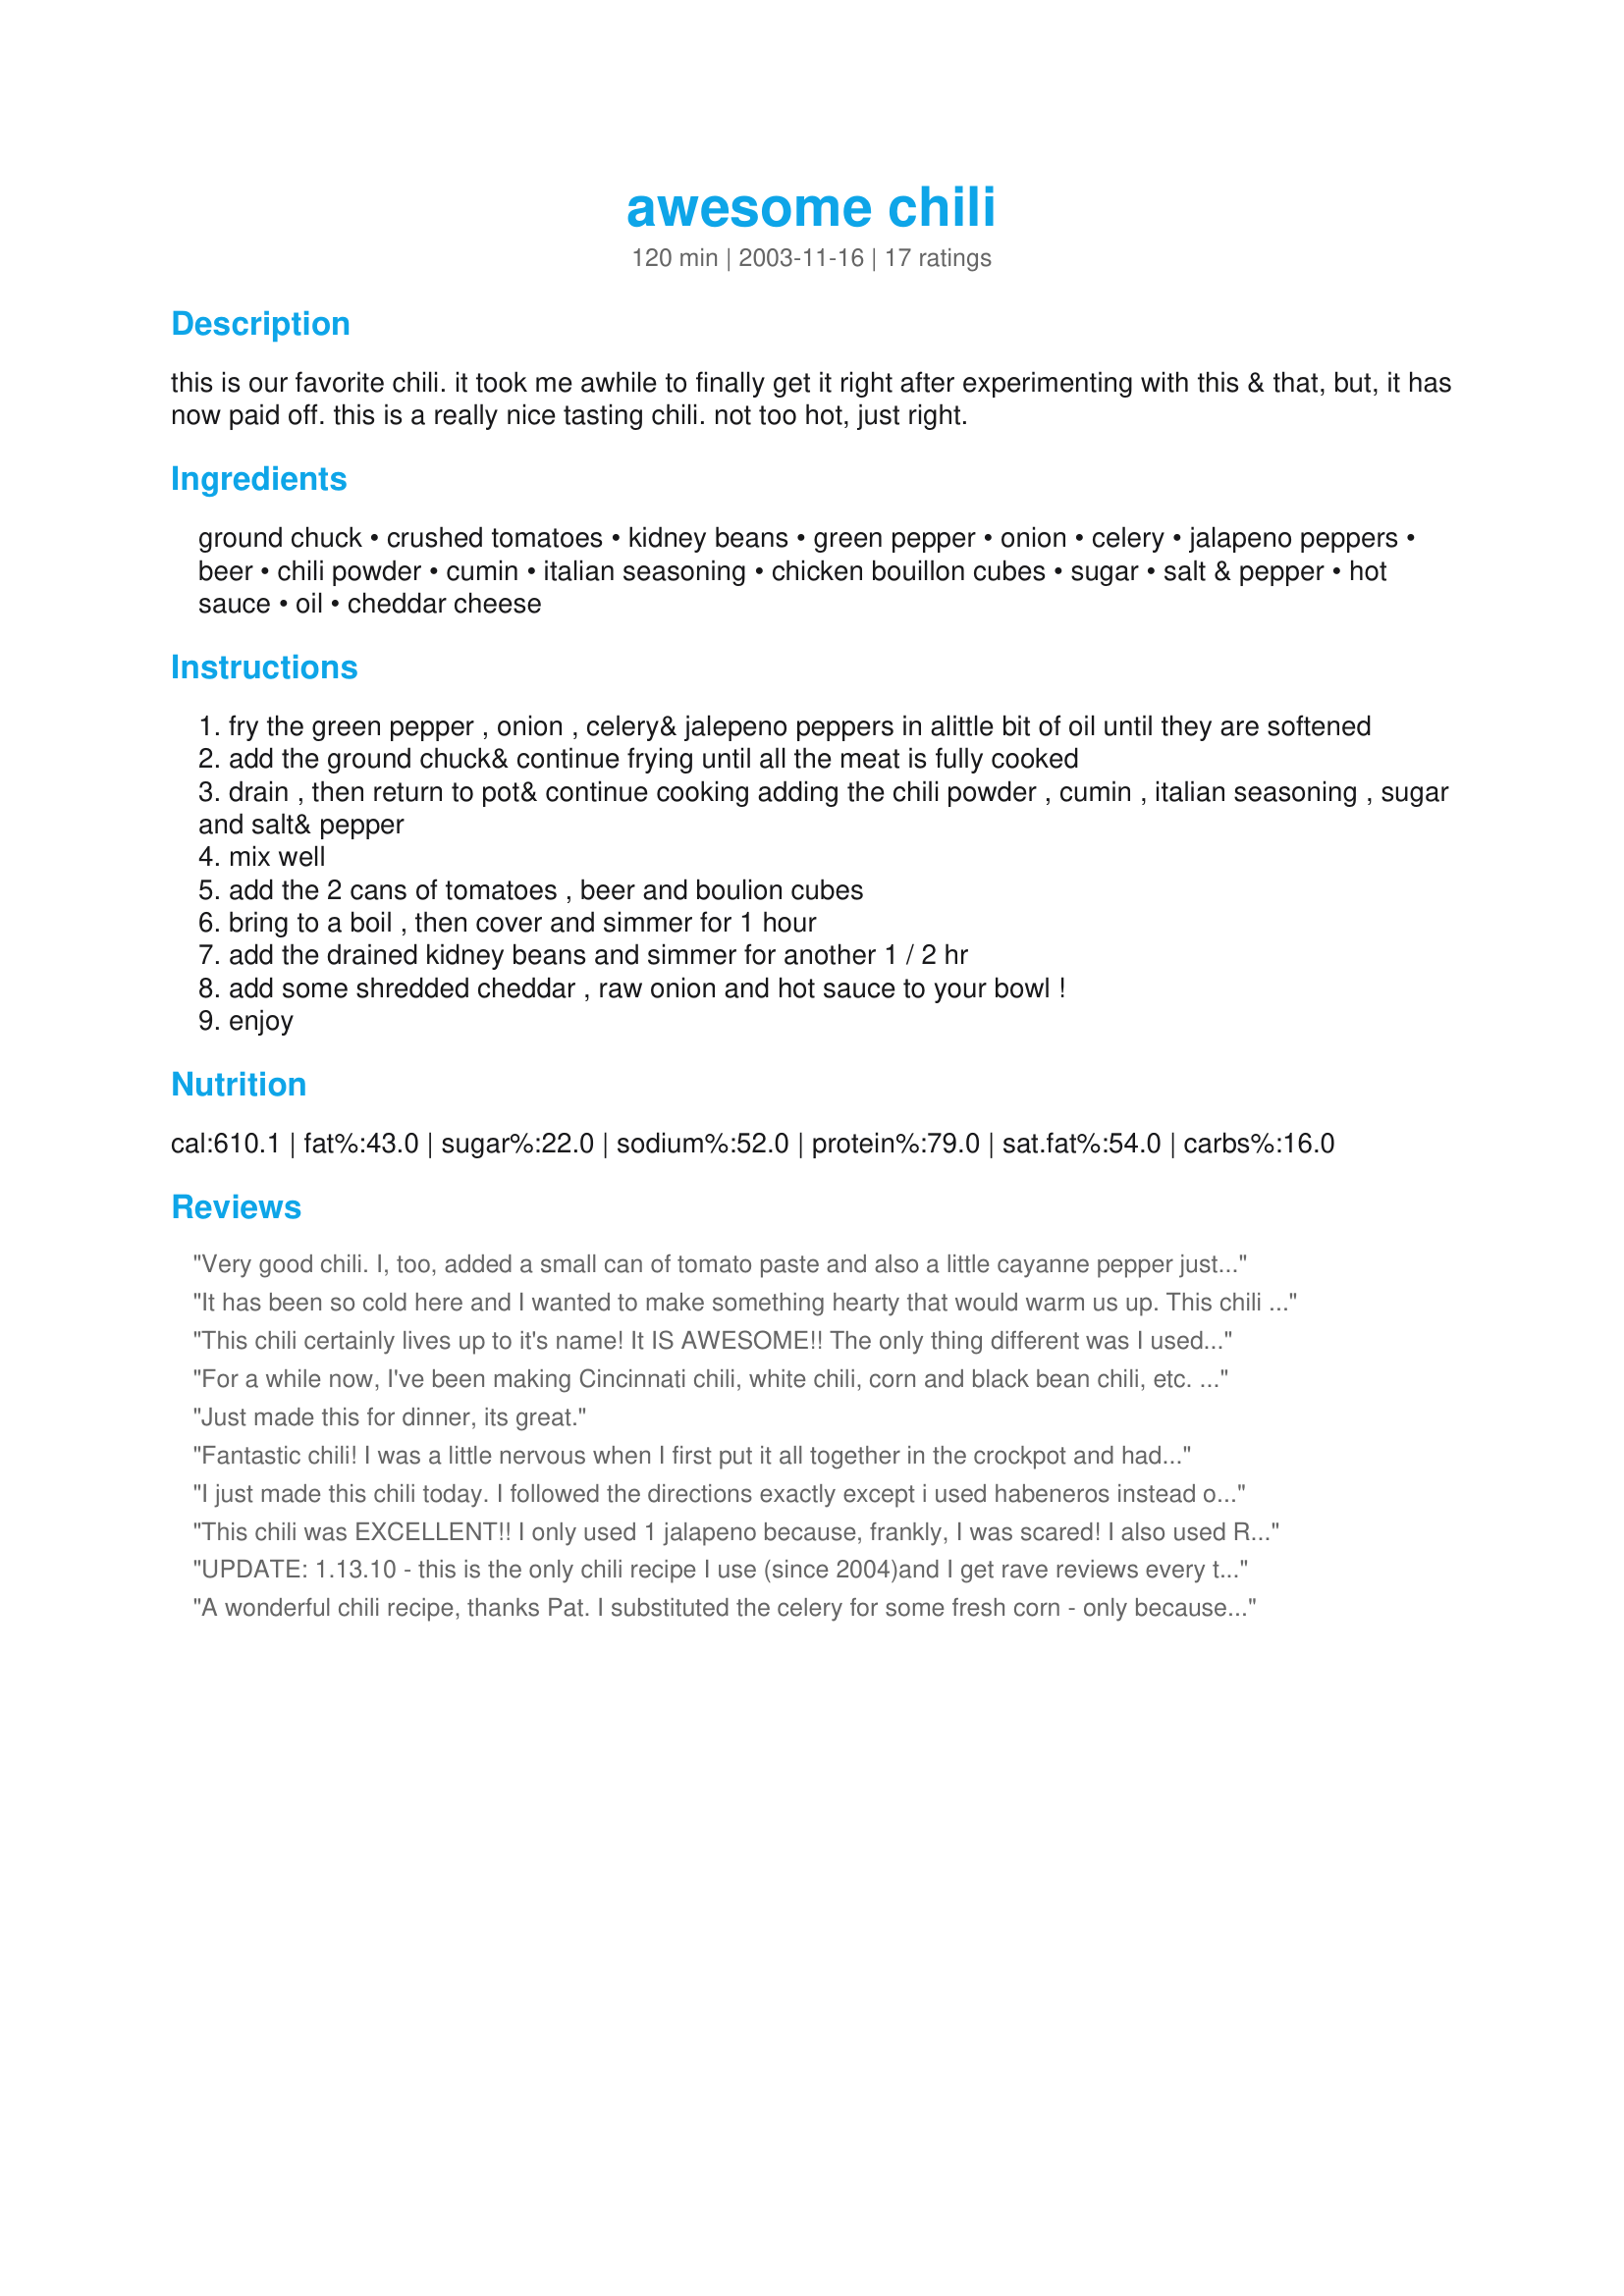
awesome chili
Preparation time: 120 minutes

this is our favorite chili. it took me awhile to finally get it right after experimenting with this & that, but, it has now paid off. this is a really nice tasting chili. not too hot, just right.

Ingredients:
ground chuck, crushed tomatoes, kidney beans, green pepper, onion, celery, jalapeno peppers, beer, chili powder, cumin, italian seasoning, chicken bouillon cubes, sugar, salt & pepper, hot sauce, oil, cheddar cheese

Steps:
fry the green pepper , onion , celery& jalepeno peppers in alittle bit of oil until they are softened
add the ground chuck& continue frying until all the meat is fully cooked
drain , then return to pot& continue cooking adding the chili powder , cumin , italian seasoning , sugar and salt& pepper
mix well
add the 2 cans of tomatoes , beer and boulion cubes
bring to a boil , then cover and simmer for 1 hour
add the drained kidney beans and simmer for another 1 / 2 hr
add some shredded cheddar , raw onion and hot sauce to your bowl !
enjoy

Reviews:
Very good chili. I, too, added a small can of tomato paste and also a little cayanne pepper just to kick it up a notch for us. Thanx,Pat for a real tummy warmer!
It has been so cold here and I wanted to make something hearty that would warm us up. This chili definitely lives up to its name. Has just the right amount of spiciness but I didn't think it was too hot. I used coarse ground meat made especially for chili so it had a chunky texture. Tossed some shredded cheddar cheese on top and ate it in the den by the fire. My husband and kids thought it was the best chili I have ever made. Thank-you Boca Pat.
This chili certainly lives up to it's name! It IS AWESOME!! The only thing different was I used just one jalapeno because I was afraid it would be too hot for my taste. It was perfect. This is such a great tasting chili that I am going to make it again next weekend. Quick, easy with a flavorful punch to it. Thanks fo much, Boca Pat, for sharing this!

For a while now, I've been making Cincinnati chili, white chili, corn and black bean chili, etc. So last week when we had a cool day and I said I was in the mood for chili, my family said, "PLEASE make regular chili!" lol So I decided to try this one. I made it just as written, except I left out the celery, and it was deemed the perfect "regular chili." Thanks for posting--it's a keeper!
Just made this for dinner, its great.
Fantastic chili! I was a little nervous when I first put it all together in the crockpot and had a little taste, but after cooking for 6 hours the flavors had blended beautifully. We all agreed it had layers of flavor - just what you want in a really excellent chili. I added a bit of cayenne pepper, garlic powder and paprika at the end of cooking for a little kick. It made a full gallon of chili so I'll freeze some to enjoy another time.
I just made this chili today. I followed the directions exactly except i used habeneros instead of jalpenos, I wanted more heat. 

All I can say is this recipe deserves its name. AWESOME
This chili was EXCELLENT!! I only used 1 jalapeno because, frankly, I was scared! I also used Ranch-style beans and added some sliced olives and cilantro. It was the best chili I've ever had and relatively easy to make as well! Thanks for the great recipe.
UPDATE: 1.13.10 - this is the only chili recipe I use (since 2004)and I get rave reviews every time. Also, my boyfriend is now my husband so it must have been great! Thanks again for this great recipe! 
This chili was so easy to make and it was so yummy! We made for Sunday football and my boyfriend sais it was hands down the best chili he ever had! Thanks...will defnately use again! We cut out the celery due to the fact we are not big fans and it was the best chili!
A wonderful chili recipe, thanks Pat. I substituted the celery for some fresh corn - only because I didn't have the celery - and everyone loved this. It makes a lot of chili so there were plenty of leftovers. Yum.
Great recipe! My chili-loving DH raved over it. Even I am a bowl full and I do not like chili at all ~ so it must be good! I made the recipe just as posted except I used 1 can of beans instead of two. Very nice flavor ~ as the poster says it's just right. The recipe makes alot so it's great for a party! Thanks for posting this keeper!
My husband said this was the best chili I have ever made! My son couldn't get enough! Very good recipe! I will be definitely making this again. We had a little bit of bad weather yesterday, and chili sounded so good, but my husband hates my chili. So, I went searching, and came up with your recipe. He was very suprised, and grateful. Thanks!
This was very good. My family said it is definitely a "do-over". Thanks for posting it.
I hit a few snags while preparing this chili, but the end result was still a flavorful and yummy meal. My fresh jalapeños had gone bad, so I subbed a can of tomatoes with jalapeño (run through with my wand blender) for part of the crushed tomatoes. I also didn't have any celery on hand, and subbed some celery salt for a portion of the salt in the recipe. After simmering, we wanted a bit more tomato flavor to our base, and added about half of a small can of tomato paste. Perfect. I topped mine with cheddar cheese and sour cream. Mmmm.
I made this for my son and his family and they wanted to give it a 10 rating. I followed the directions and didn't change anything and I have to say this is the most delicious chili I have ever eaten. When it hits your tongue.....you go oooooooohhhh!!!!! Great job Boca
There are so many different chili recipes. I liked this one because it used beer, cumin, chili powder and chicken bouillon. I was right. There was tons of flavor. I did add a touch of liquid smoke and reduced the jalapeno peppers. I would put both jalapeno peppers next time. I will trust the recipe next time! This for me was the chili recipe I was looking for with great ingredients and clear instructions. Thank you Boca Pat for taking the time and posting this absolutely awesome chili recipe!
I toned this chili recipe right down so I would have varied heat for the 6 Zaar chili recipes to be served up on the weekend. Only used 1 tbsp chilii powder, and 1/2 tbsp cumin and only had 1 jalapeno. I am sure folks will enjoy it.
